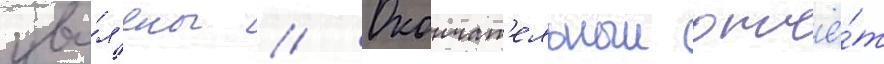
уво́л'ены // Окончат'ельныи отчё́т